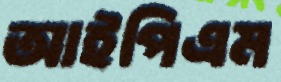
আইপিএম